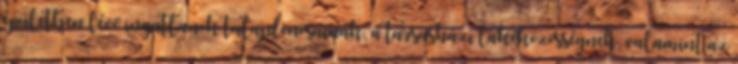
épületben lévő ingatlanok tulajdonosainak, a társasházi lakóközösségnek, valamint az